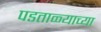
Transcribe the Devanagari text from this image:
पडताळ्याच्या